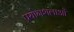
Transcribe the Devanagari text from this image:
प्रयोगशलाओं